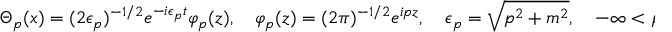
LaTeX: \Theta _ { p } ( x ) = ( 2 \epsilon _ { p } ) ^ { - 1 / 2 } e ^ { - i \epsilon _ { p } t } \varphi _ { p } ( z ) , \quad \varphi _ { p } ( z ) = ( 2 \pi ) ^ { - 1 / 2 } e ^ { i p z } , \quad \epsilon _ { p } = \sqrt { p ^ { 2 } + m ^ { 2 } } , \quad - \infty < p < \infty ,